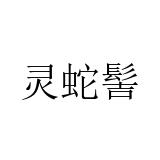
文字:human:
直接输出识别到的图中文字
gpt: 灵蛇髻